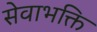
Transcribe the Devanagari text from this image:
सेवाभक्ति